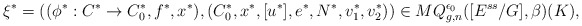
\begin{align*}\xi^*= ((\phi^*:C^*\rightarrow C_0^*,f^*,x^*),(C_0^*,x^*,[u^*],e^*,N^*,v^*_1,v^*_2))\in MQ^{\epsilon_0}_{g,n}([E^{ss}/G],\beta)(K),\end{align*}